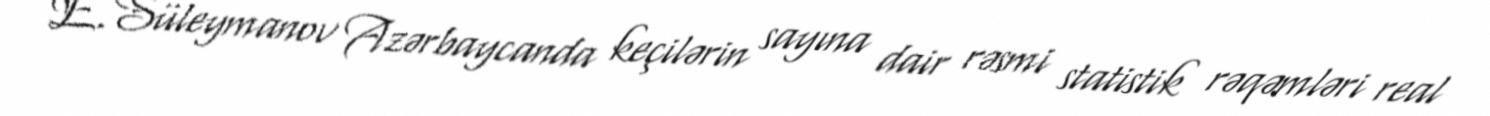
E.Süleymanov Azərbaycanda keçilərin sayına dair rəsmi statistik rəqəmləri real